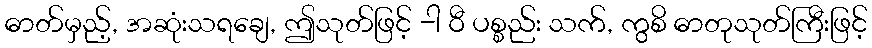
ဓာတ်မှည့်, အဆုံးသရချေ, ဤသုတ်ဖြင့် -ါ ဝီ ပစ္စည်း သက်, ကွစိ ဓာတုသုတ်ကြီးဖြင့်